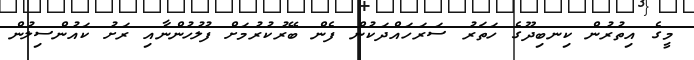
މީގެ އިތުރުން ކިނބިދޫގެ ހަތަރު ސަރަހައްދަކުން ފެން ބޭރުކުރުމަށް ފުލުހުންނާއި ރަށު ކައުންސިލުން